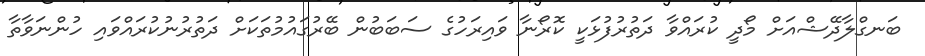
ބަނގްލާދޭޝްއަށް މޯދީ ކުރައްވާ ދަތުރުފުޅަކީ ކޮރޯނާ ވައިރަހުގެ ސަބަބުން ބޭރުގައުމުތަކަށް ދަތުރުނުކުރައްވައި ހުންނަވާތާ